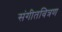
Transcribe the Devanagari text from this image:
संगीतवित्रण